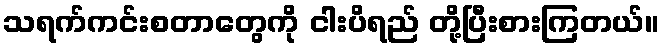
သရက်ကင်းစတာတွေကို ငါးပိရည် တို့ပြီးစားကြတယ်။